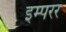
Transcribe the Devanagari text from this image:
इम्परर